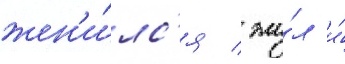
жен'и́лс'я / жи́л и́